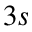
3 s